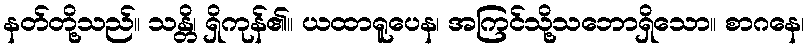
နတ်တို့သည်။ သန္တိ၊ ရှိကုန်၏။ ယထာရူပေန၊ အကြင်သို့သဘောရှိသော။ စာဂနေ၊